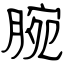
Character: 腕